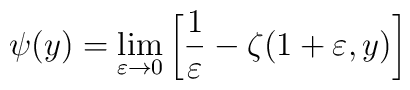
\psi(y)=\lim_{\varepsilon\rightarrow0}\left[\frac1\varepsilon-\zeta(1+\varepsilon,y)\right]